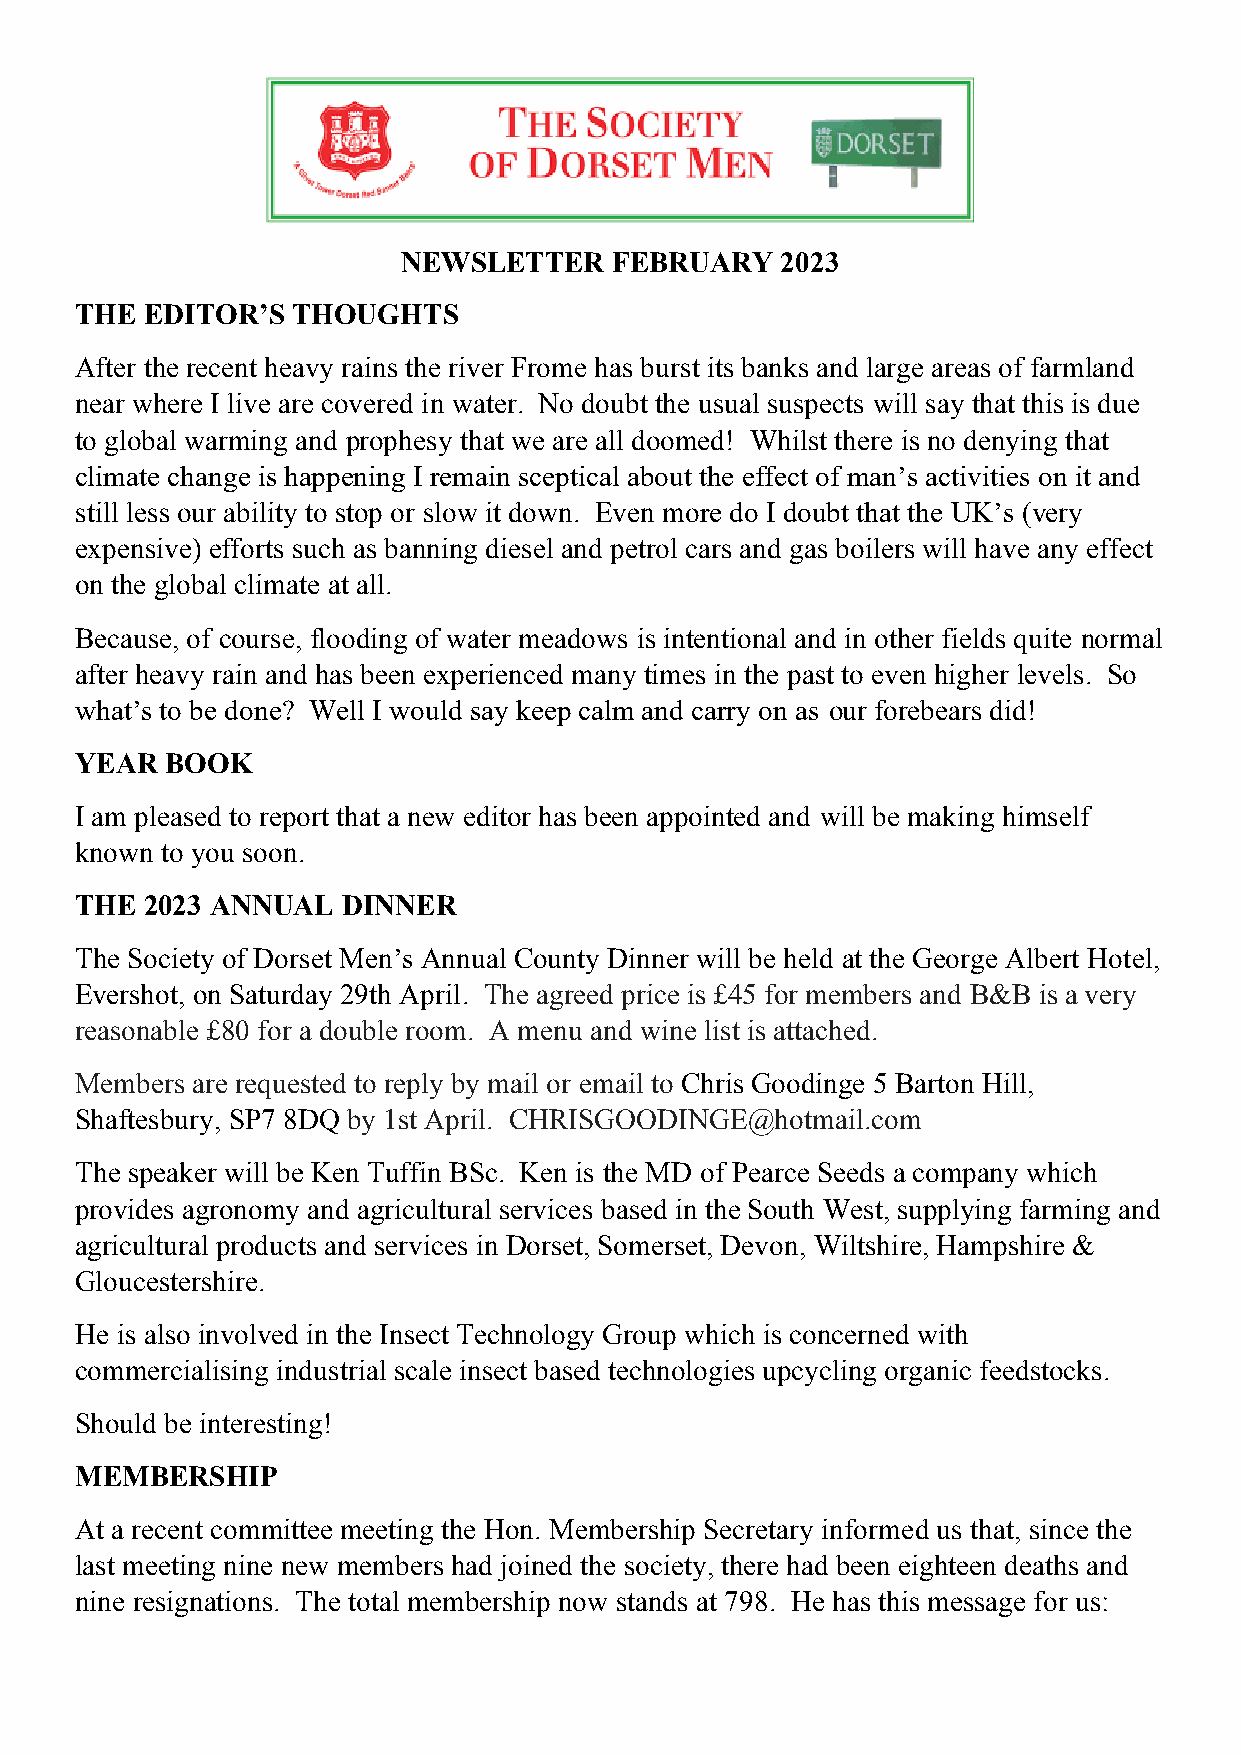
NEWSLETTER    FEBRUARY   2023
 THE  EDITOR’S THOUGHTS
 After the recent heavy rains the river Frome has burst its banks and large areas of farmland
 near where I live are covered in water. No doubt the usual suspects will say that this is due
 to global warming and prophesy that we are all doomed! Whilst there is no denying that
 climate change is happening I remain sceptical about the effect of man’s activities on it and
 still less our ability to stop or slow it down. Even more do I doubt that the UK’s (very
 expensive) efforts such as banning diesel and petrol cars and gas boilers will have any effect
 on the global climate at all.
 Because, of course, flooding of water meadows is intentional and in other fields quite normal
 after heavy rain and has been experienced many times in the past to even higher levels. So
 what’s to be done? Well I would say keep calm and carry on as our forebears did!
 YEAR  BOOK
 I am pleased to report that a new editor has been appointed and will be making himself
 known to you soon.
 THE  2023 ANNUAL  DINNER
 The Society of Dorset Men’s Annual County Dinner will be held at the George Albert Hotel,
 Evershot, on Saturday 29th April. The agreed price is £45 for members and B&B is a very
 reasonable £80 for a double room. A menu and wine list is attached.
 Members are requested to reply by mail or email to Chris Goodinge 5 Barton Hill,
 Shaftesbury, SP7 8DQ by 1st April. CHRISGOODINGE@hotmail.com
 The speaker will be Ken Tuffin BSc. Ken is the MD of Pearce Seeds a company which
 provides agronomy and agricultural services based in the South West, supplying farming and
 agricultural products and services in Dorset, Somerset, Devon, Wiltshire, Hampshire &
 Gloucestershire.
 He is also involved in the Insect Technology Group which is concerned with
 commercialising industrial scale insect based technologies upcycling organic feedstocks.
 Should be interesting!
 MEMBERSHIP
 At a recent committee meeting the Hon. Membership Secretary informed us that, since the
 last meeting nine new members had joined the society, there had been eighteen deaths and
 nine resignations. The total membership now stands at 798. He has this message for us: